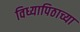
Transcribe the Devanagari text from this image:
विध्यापिठाच्या